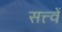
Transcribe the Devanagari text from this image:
सत्त्वें